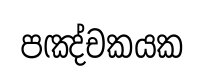
පඤ්චකයක